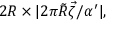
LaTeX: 2 R \times | 2 \pi \tilde { R } \vec { \zeta } / \alpha ^ { \prime } | ,